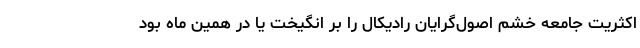
اکثریت جامعه خشم اصول‌گرایان رادیکال را بر انگیخت یا در همین ماه بود